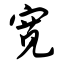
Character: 宽